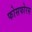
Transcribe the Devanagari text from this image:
फोसफोरस